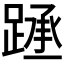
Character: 𰸧